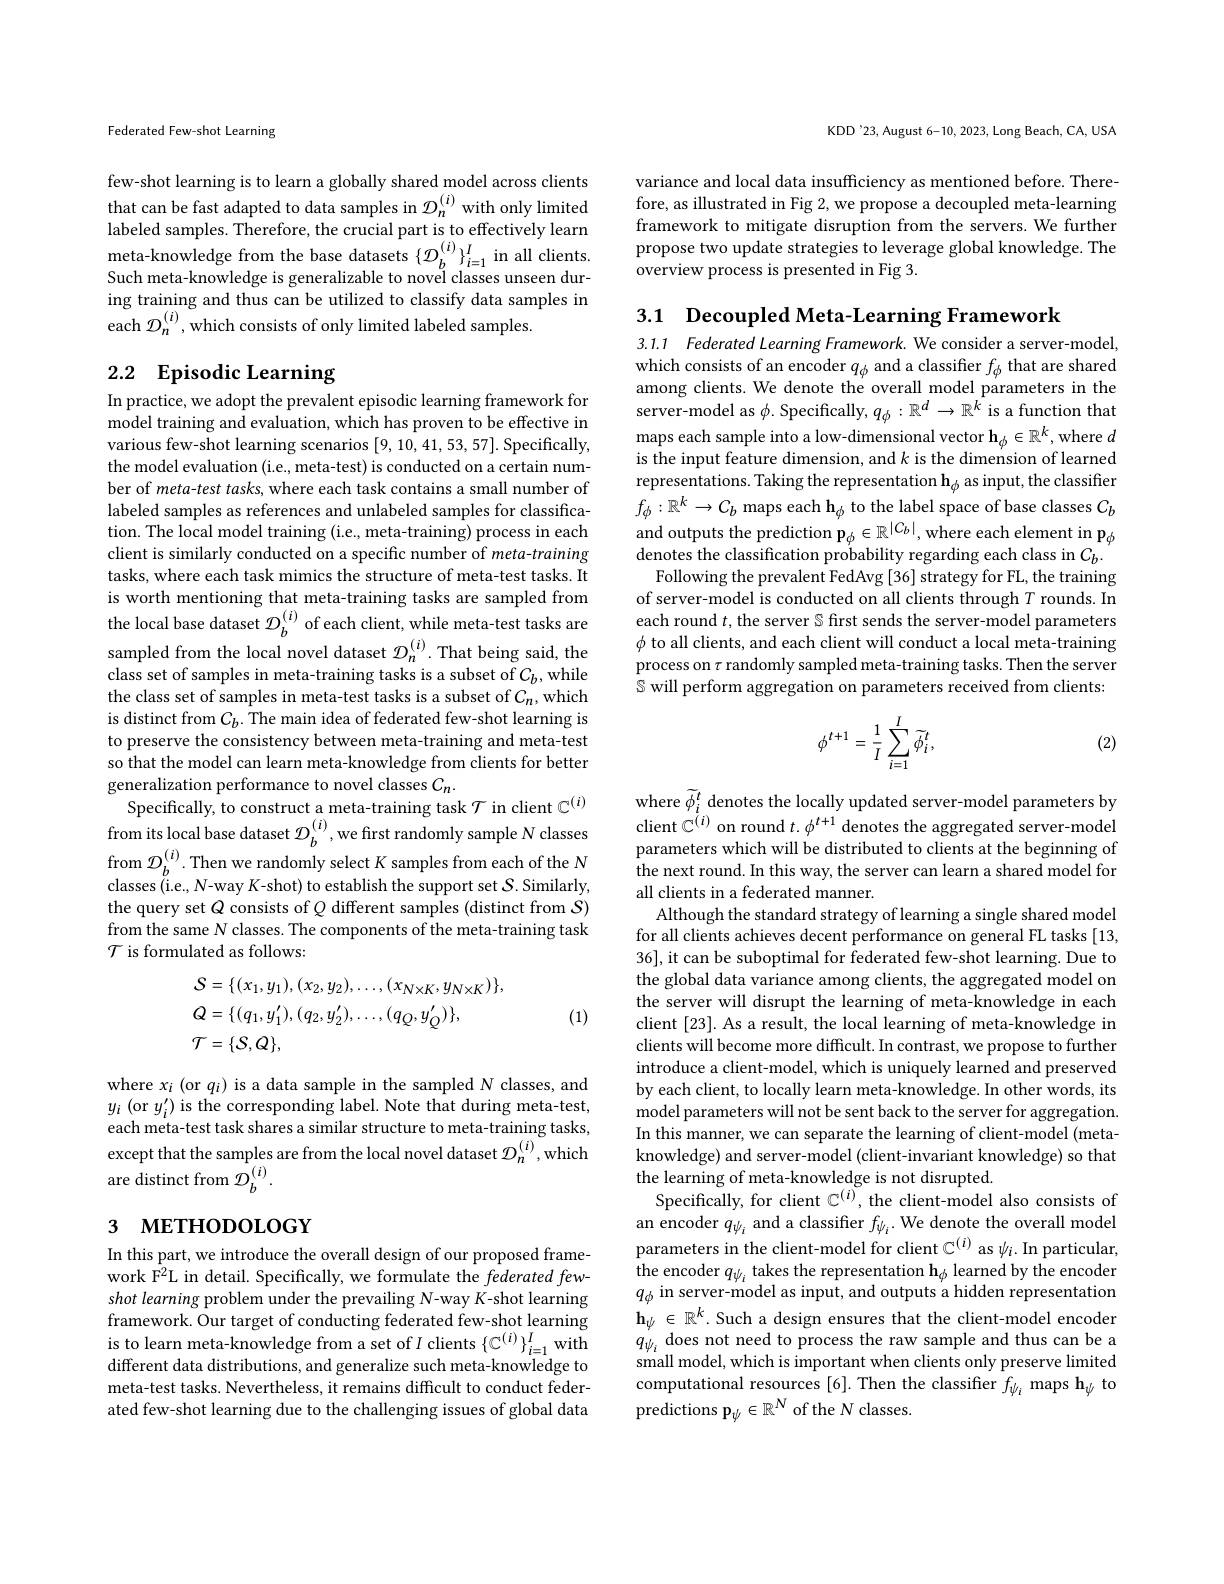
Federated Few-shot Learning

few-shot learning is to learn a globally shared model across clients that can be fast adapted to data samples in $\mathcal{D}_n^{(i)}$ with only limited labeled samples. Therefore, the crucial part is to effectively learn meta- knowledge from the base datasets $\{ \mathcal{O} _{b}^{( i) }\} _{i= 1}^{I}$ in all clients. Such meta-knowledge is generalizable to novel classes unseen during training and thus can be utilized to classify data samples in each $\mathcal{D}_n^{(i)}$,which consists of only limited labeled samples.

# 2.2 Episodic Learning

In practice, we adopt the prevalent episodic learning framework for model training and evaluation, which has proven to be effective in various few-shot learning scenarios [9,10,41,53,57]. Specifically, the model evaluation (i.e., meta-test) is conducted on a certain number of meta-test tasks, where each task contains a small number of labeled samples as references and unlabeled samples for classification. The local model training (i.e., meta-training) process in each client is similarly conducted on a specific number of meta-training tasks, where each task mimics the structure of meta-test tasks. It is worth mentioning that meta-training tasks are sampled from the local base dataset $\mathcal{D}_b^{(i)}$ of each client, while meta-test tasks are sampled from the local novel dataset $\mathcal{D}_n^{(i)}$.That being said, the class set of samples in meta-training tasks is a subset of $C_b$,while the class set of samples in meta-test tasks is a subset of $C_n$,which is distinct from $C_b.$ The main idea of federated few-shot learning is to preserve the consistency between meta-training and meta-test so that the model can learn meta-knowledge from clients for better generalization performance to novel classes $C_n.$
Specifically, to construct a meta-training task $\mathcal{T}$ in client $\mathbb{C}^(i)$ from its local base dataset $\mathcal{D}_b^{(i)}$,we first randomly sample N classes from $\mathcal{D}_b^{(i)}.$ Then we randomly select $K$ samples from each of the $N$ classes (i.e., N-way $K$-shot) to establish the support set $\mathcal{S}.$ Similarly, $\begin{array}{l}{\text{the query set }Q\mathrm{~consists~of~}Q\mathrm{~different~samples~(distinct~from~}S)}\\{\text{from the same }N\mathrm{~classes.~The~components~of~the~meta-training~task}}\end{array}$ $\mathcal{T}$ is formulated as follows:
$$\begin{aligned}&\text{S}=\{(x_{1},y_{1}),(x_{2},y_{2}),\ldots,(x_{N\times K},y_{N\times K})\},\\&\text{Q}=\{(q_{1},y_{1}^{\prime}),(q_{2},y_{2}^{\prime}),\ldots,(q_{Q},y_{Q}^{\prime})\},\\&\text{T}=\{S,Q\},\end{aligned}$$
(1)

where $x_i$ (or $q_i)$ is a data sample in the sampled N classes, and $y_{i}\left(\mathrm{or~}y_{i}^{\prime}\right)$is the corresponding label. Note that during meta-test, each meta-test task shares a similar structure to meta-training tasks, except that the samples are from the local novel dataset $\mathcal{D}_n^{(i)}$,which are distinct from ${\mathcal{D}}_{b}^{(i)}.$

# 3 метнорогобү

In this part, we introduce the overall design of our proposed framework F$^2$L in detail. Specifically, we formulate the federated fewshot learning problem under the prevailing N-way K-shot learning framework. Our target of conducting federated few-shot learning is to learn meta-knowledge from a set of $I$ clients $\{\mathbb{C}^{(i)}\}_i=1^I$ with different data distributions, and generalize such meta-knowledge to meta-test tasks. Nevertheless, it remains difficult to conduct federated few-shot learning due to the challenging issues of global data

KDD'23, August 6-10, 2023, Long Beach, CA, USA

variance and local data insufficiency as mentioned before. Therefore, as illustrated in Fig 2, we propose a decoupled meta-learning framework to mitigate disruption from the servers. We further propose two update strategies to leverage global knowledge. The overview process is presented in Fig 3.

3.1 Decoupled Meta-Learning Framework

3.1.1 Federated Learning Framework. We consider a server-model, which consists of an encoder $q_{\phi }$ and a classifier $f_{\phi }$ that are shared among clients. We denote the overall model parameters in the server-model as $\phi$. Specifically, $q_\phi:\mathbb{R}^d\to\mathbb{R}^k$ is a function that maps each sample into a low-dimensional vector $\mathbf{h}_\phi\in\mathbb{R}^k$, where $d$ is the input feature dimension, and $k$ is the dimension of learned representations. Taking the representation $\mathbf{h}_{\phi}$ as input, the classifier $f_\phi:\mathbb{R}^k\to C_b$ maps each h$_\phi$ to the label space of base classes $C_b$ and outputs the prediction $\mathbf{p}_\phi\in\mathbb{R}^{|C_b|}$,where each element in p$_\phi$ denotes the classification probability regarding each class in $C_{b}.$
Following the prevalent FedAvg [36] strategy for FL, the training of server-model is conducted on all clients through $T$ rounds. In each round $t$, the server $\mathbb{S}$ first sends the server-model parameters $\phi$ to all clients, and each client will conduct a local meta-training process on $\tau$ randomly sampled meta-training tasks. Then the server $\mathbb{S}$ will perform aggregation on parameters received from clients:
$$\phi^{t+1}=\frac{1}{I}\sum_{i=1}^{I}\widetilde{\phi}_{i}^{t},$$
(2)

where $\tilde{\phi}_i^t$ denotes the locally updated server-model parameters by client $\mathbb{C}^{(i)}$ on round $t.\phi^t+1$ denotes the aggregated server-model parameters which will be distributed to clients at the beginning of the next round. In this way, the server can learn a shared model for all clients in a federated manner.
Although the standard strategy of learning a single shared model for all clients achieves decent performance on general FL tasks [13, 36], it can be suboptimal for federated few-shot learning. Due to the global data variance among clients, the aggregated model on the server will disrupt the learning of meta-knowledge in each client [23]. As a result, the local learning of meta-knowledge in clients will become more difficult. In contrast, we propose to further introduce a client-model, which is uniquely learned and preserved by each client, to locally learn meta-knowledge. In other words, its model parameters will not be sent back to the server for aggregation. In this manner, we can separate the learning of client-model (metaknowledge) and server-model (client-invariant knowledge) so that the learning of meta-knowledge is not disrupted.
Specifically, for client $\mathbb{C}^{(i)}$, the client-model also consists of an encoder $q_{\psi_i}$ and a classifier $f_\psi_i.$ We denote the overall model parameters in the client-model for client $\mathbb{C}^{(i)}$ as $\psi_i.$ In particular, the encoder $q_\psi_i$ takes the representation $\mathbf{h}_\phi$ learned by the encoder $q_{\phi}$ in server-model as input, and outputs'a hidden representatior $\mathbf{h}_\psi\in\mathbb{R}^k.$ Such a design ensures that the client-model encoder $q_{\psi_{i}}^{\psi}$does not need to process the raw sample and thus can be a small model, which is important when clients only preserve limited computational resources [6]. Then the classifier $f_\psi_i$ maps h$_\psi$ to predictions $\mathbf{p}_\psi\in\mathbb{R}^{N}$ of the N classes